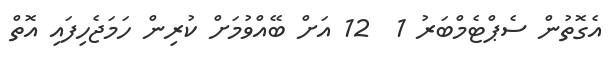
އެގޮތުން ސެޕްޓެމްބަރު 1  12 އަށް ބޭއްވުމަށް ކުރިން ހަމަޖެހިފައި އޮތް